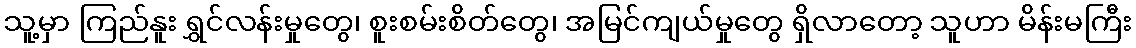
သူ့မှာ ကြည်နူး ရွှင်လန်းမှုတွေ၊ စူးစမ်းစိတ်တွေ၊ အမြင်ကျယ်မှုတွေ ရှိလာတော့ သူဟာ မိန်းမကြီး